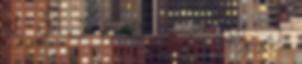
L Ő T E R J E SZ T